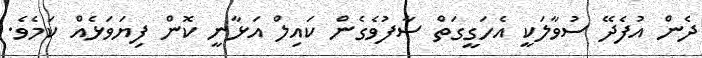
ދެން އުފެދޭ ސުވާލަކީ އެހަގީގަތް ސާފުވެގެން ކައިލް އަޅާނީ ކޮން ފިޔަވަޅެއް ކަމެވެ.